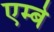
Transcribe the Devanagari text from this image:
एम्बे